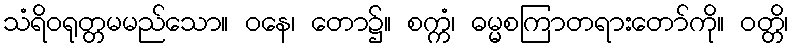
သံရိဝရုတ္တမမည်သော။ ဝနေ၊ တော၌။ စက္ကံ၊ ဓမ္မစကြာတရားတော်ကို။ ဝတ္တိ၊